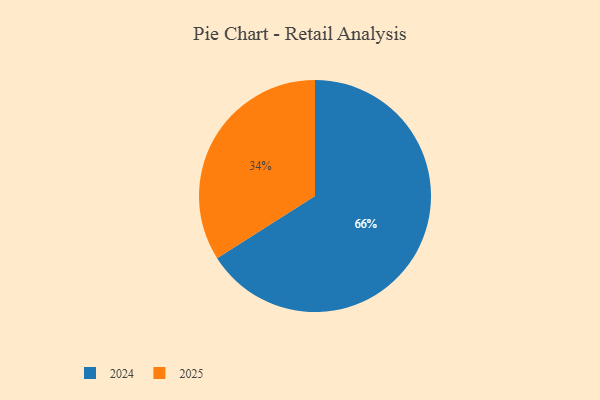
{"axis": {"x": "Category", "y": "Percentage"}, "legend": ["2024", "2025"], "data": [{"x": "2025", "y": 34, "type": "2025"}, {"x": "2024", "y": 66, "type": "2024"}]}